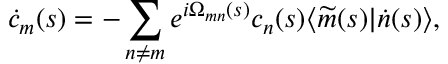
\dot { c } _ { m } ( s ) = - \sum _ { n \neq m } e ^ { i \Omega _ { m n } ( s ) } c _ { n } ( s ) \langle \widetilde { m } ( s ) | \dot { n } ( s ) \rangle ,